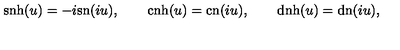
\mathrm { s n h } ( u ) = - i \mathrm { s n } ( i u ) , \qquad \mathrm { c n h } ( u ) = \mathrm { c n } ( i u ) , \qquad \mathrm { d n h } ( u ) = \mathrm { d n } ( i u ) ,